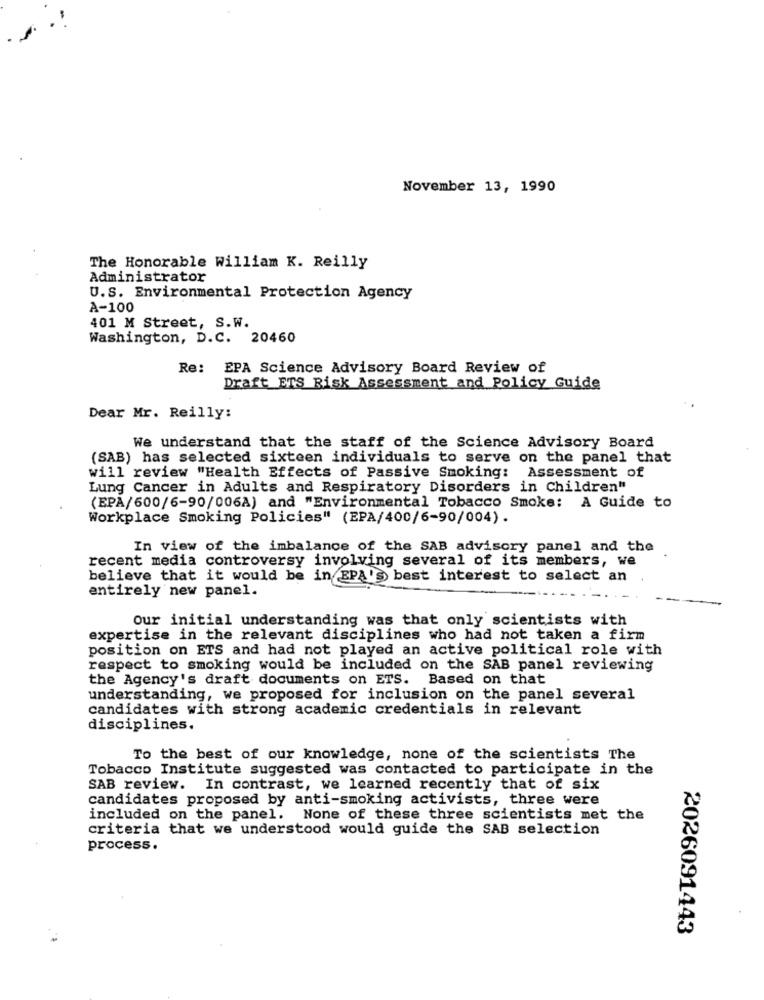
November 13, 1990
The Honorable William K. Reilly
Administrator
U.S. Environmental Protection Agency
A-100
401 M Street, S.W.
Washington, D.C. 20460
Re: EPA Science Advisory Board Review of
Draft ETS Risk Assessment and Policy Guide
Dear Mr. Reilly:
We understand that the staff of the Science Advisory Board
(SAB) has selected sixteen individuals to serve on the panel that
will review "Health Effects of Passive Smoking: Assessment of
Lung Cancer in Adults and Respiratory Disorders in Children"
(EPA/600/6-90/006A) and "Environmental Tobacco Smoke: A Guide to
Workplace Smoking Policies" (EPA/400/6-90/004).
In view of the imbalance of the SAB advisory panel and the
recent media controversy involving several of its members, we
believe that it would be in EPA's best interest to select an
entirely new panel.
Our initial understanding was that only scientists with
expertise in the relevant disciplines who had not taken a firm
position on ETS and had not played an active political role with
respect to smoking would be included on the SAB panel reviewing
the Agency's draft documents on ETS. Based on that
understanding, we proposed for inclusion on the panel several
candidates with strong academic credentials in relevant
disciplines.
To the best of our knowledge, none of the scientists The
Tobacco Institute suggested was contacted to participate in the
SAB review. In contrast, we learned recently that of six
candidates proposed by anti-smoking activists, three were
included on the panel. None of these three scientists met the
criteria that we understood would guide the SAB selection
process.
2026091443